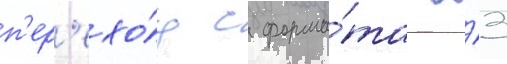
п'ер'ехо́д с форма́та а́3